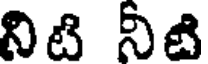
నిటి నీటి